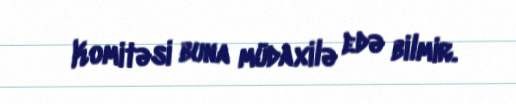
Komitəsi buna müdaxilə edə bilmir.